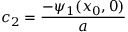
c _ { 2 } = { \frac { - \psi _ { 1 } ( x _ { 0 } , 0 ) } { a } }